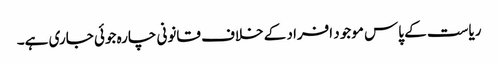
ریاست کے پاس موجود افراد کے خلاف قانونی چارہ جوئی جاری ہے۔